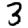
Digit: 3